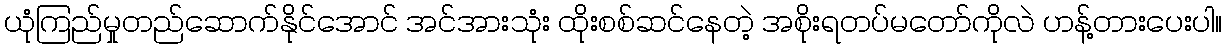
ယုံကြည်မှုတည်ဆောက်နိုင်အောင် အင်အားသုံး ထိုးစစ်ဆင်နေတဲ့ အစိုးရတပ်မတော်ကိုလဲ ဟန့်တားပေးပါ။